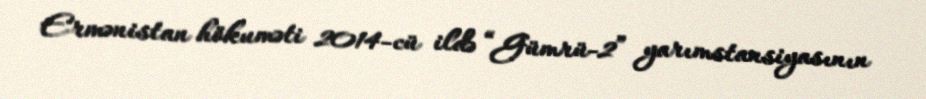
Ermənistan hökuməti 2014-cü ildə “Gümrü-2” yarımstansiyasının